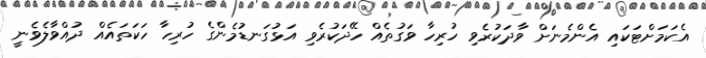
އެކަމަށްޓަކައި އެންމެނަށް ވާދަކުރެވި ހުރިހާ ވަގުތެއް ހޭދަކުރެވި އަޅުގަނޑުމެންގެ ހުރިހާ ހަކަތައެއް ދުއްވާލެވެނީ